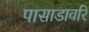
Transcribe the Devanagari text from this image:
पासाडावरि